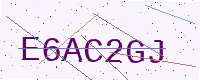
Text: E6AC2GJ